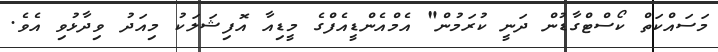
މަސައްކަތް ކޯސްޓްގާޑުން ދަނީ ކުރަމުން" އެމްއެންޑީއެފްގެ މީޑިއާ އޮފިޝަލަކު މިއަދު ވިދާޅުވި އެވެ.